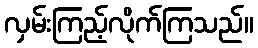
လှမ်းကြည့်လိုက်ကြသည်။